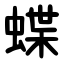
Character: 蝶